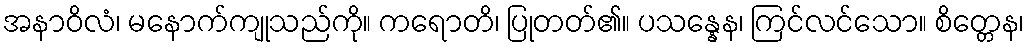
အနာဝိလံ၊ မနောက်ကျုသည်ကို။ ကရောတိ၊ ပြုတတ်၏။ ပသန္နေန၊ ကြင်လင်သော။ စိတ္တေန၊